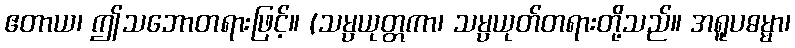
ဧတာယ၊ ဤသဘောတရားဖြင့်။ (သမ္ပယုတ္တကာ၊ သမ္ပယုတ်တရားတို့သည်။ အရူပဓမ္မာ၊